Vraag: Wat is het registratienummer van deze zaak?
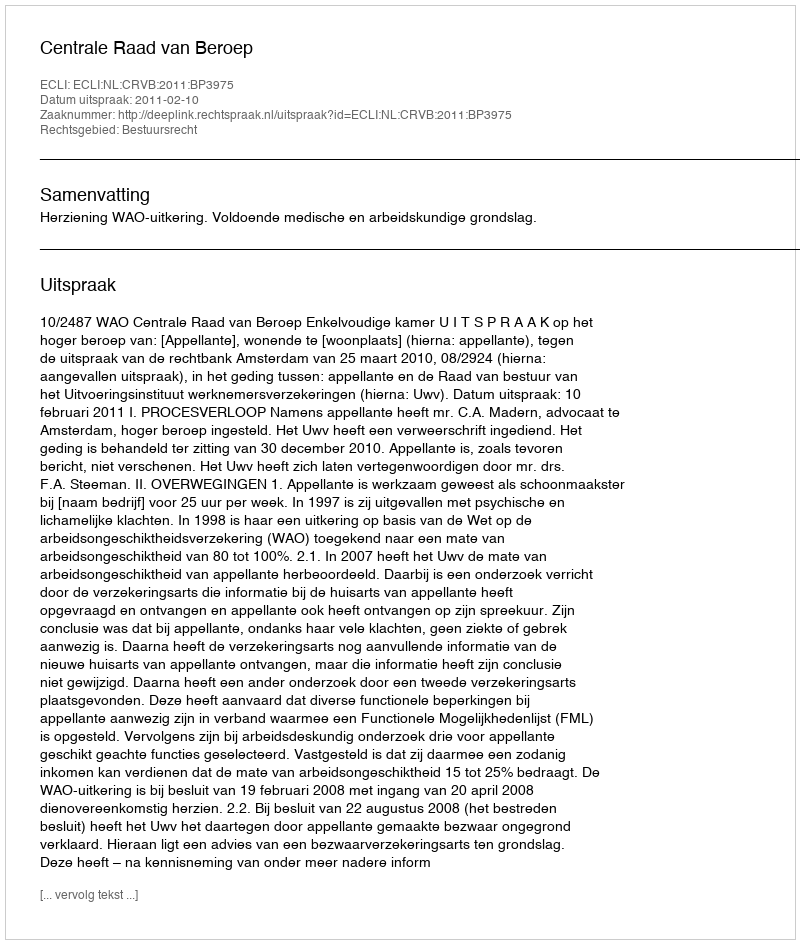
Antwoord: http://deeplink.rechtspraak.nl/uitspraak?id=ECLI:NL:CRVB:2011:BP3975